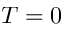
T = 0